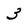
Character: 3